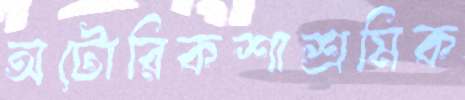
অটোরিকশাশ্রমিক